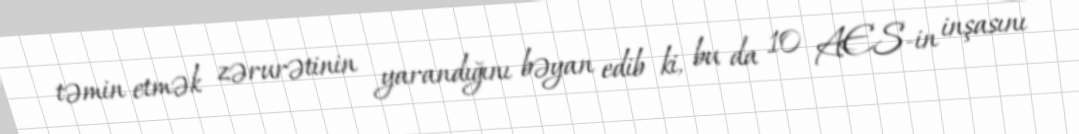
təmin etmək zərurətinin yarandığını bəyan edib ki, bu da 10 AES-in inşasını